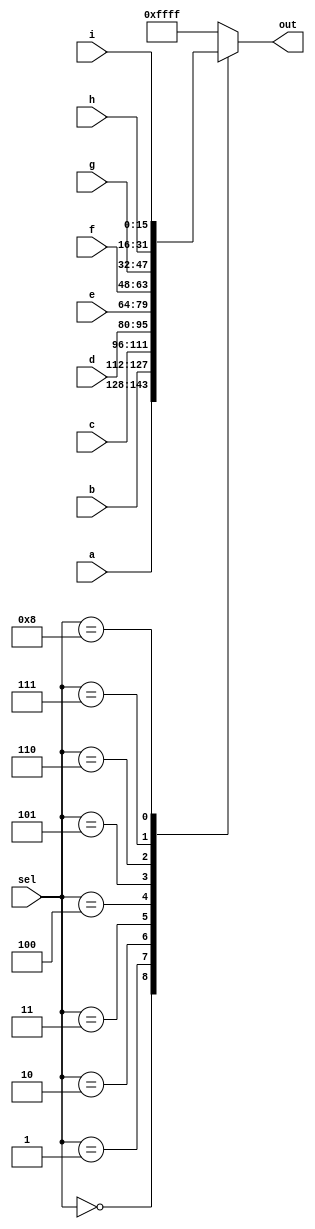
// Exercise 3-1-2-3: 9-to-1 Mux
module Mux_9to1 (
    input [15:0] a, b, c, d, e, f, g, h, i,
    input [3:0] sel,
    output [15:0] out
);
    reg [15:0] out_r;
    assign out = out_r;

    always @(*) begin
        case (sel)
            4'd0    : out_r = a;  
            4'd1    : out_r = b;
            4'd2    : out_r = c; 
            4'd3    : out_r = d;
            4'd4    : out_r = e;
            4'd5    : out_r = f;
            4'd6    : out_r = g;
            4'd7    : out_r = h;
            4'd8    : out_r = i;
            default : out_r = 16'hffff;
        endcase
    end
endmodule